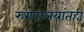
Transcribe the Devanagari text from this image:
रुग्णालयांतही